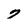
Character: 7